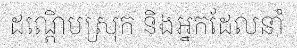
ដណ្តើមស្រុក និងអ្នកដែលនាំ